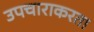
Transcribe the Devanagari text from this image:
उपचाराकरता